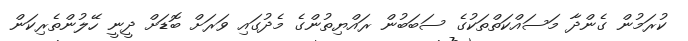
ކުރަމުން ގެންދާ މަސައްކަތްތަކުގެ ސަބަބުން ރައްޔިތުންގެ މެދުގައި ވަރަށް ބޮޑަށް ދީނީ ހޭލުންތެރިކަން